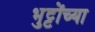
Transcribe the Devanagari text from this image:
भुट्टोंच्या